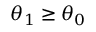
\theta _ { 1 } \geq \theta _ { 0 }